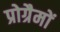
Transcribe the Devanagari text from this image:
प्रोग्रैमों